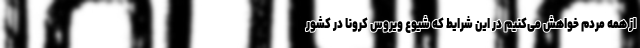
از همه مردم خواهش می‌کنیم در این شرایط که شیوع ویروس کرونا در کشور